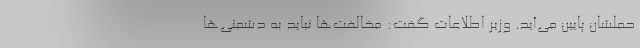
حملشان پایین می‌آید. وزیر اطلاعات گفت: مخالفت‌ها نباید به دشمنی‌ها